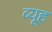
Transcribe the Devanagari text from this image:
व्‍यूह